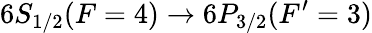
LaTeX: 6S_{1/2}(F=4)\rightarrow 6P_{3/2}(F^{\prime}=3)